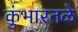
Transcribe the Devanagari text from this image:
कुंभारतळे